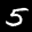
Label: 5